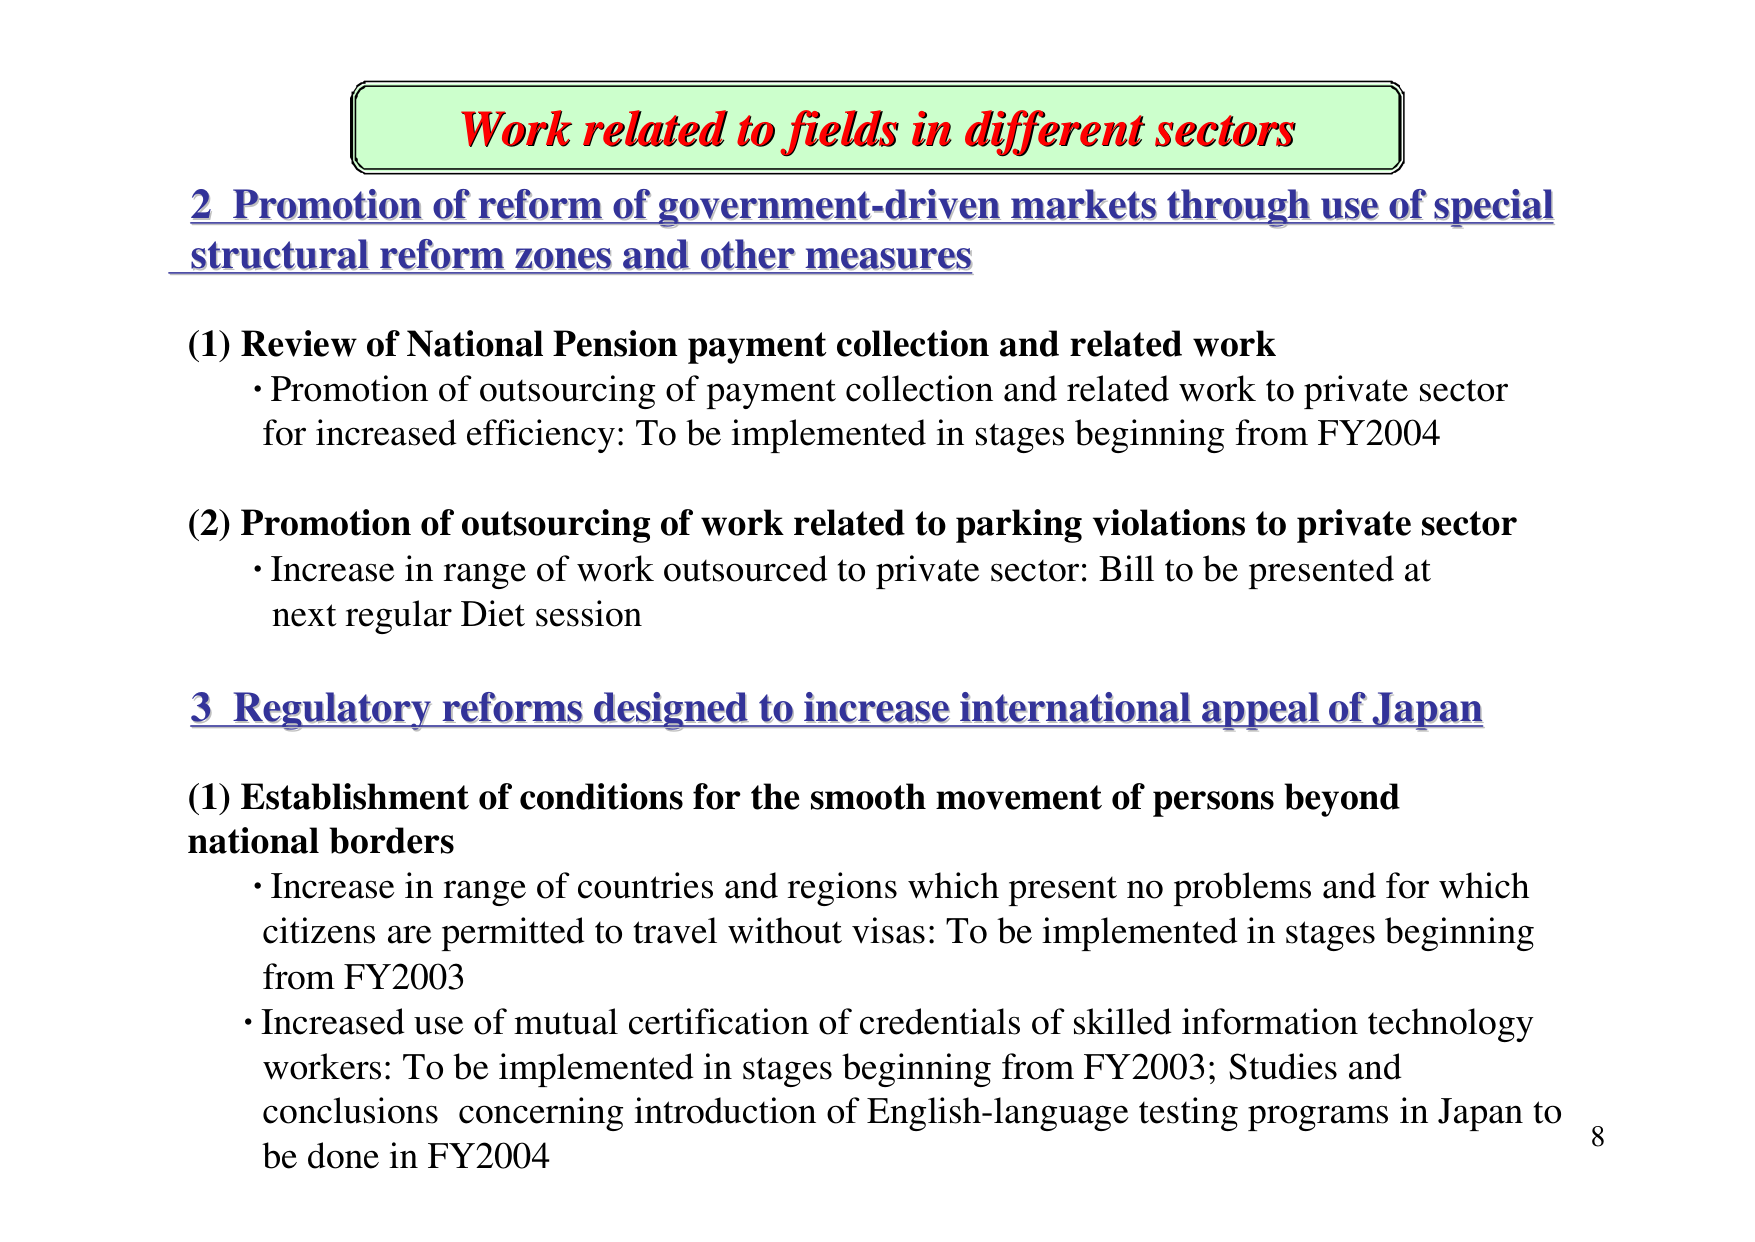
Work related to fields in different sectors

2 Promotion of reform of government-driven markets through use of special structural reform zones and other measures

(1) Review of National Pension payment collection and related work
• Promotion of outsourcing of payment collection and related work to private sector for increased efficiency: To be implemented in stages beginning from FY2004

(2) Promotion of outsourcing of work related to parking violations to private sector
• Increase in range of work outsourced to private sector: Bill to be presented at next regular Diet session

3 Regulatory reforms designed to increase international appeal of Japan

(1) Establishment of conditions for the smooth movement of persons beyond national borders
• Increase in range of countries and regions which present no problems and for which citizens are permitted to travel without visas: To be implemented in stages beginning from FY2003
• Increased use of mutual certification of credentials of skilled information technology workers: To be implemented in stages beginning from FY2003; Studies and conclusions concerning introduction of English-language testing programs in Japan to be done in FY2004

8